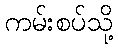
ကမ်းစပ်သို့